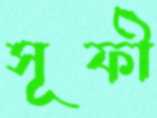
সূফী